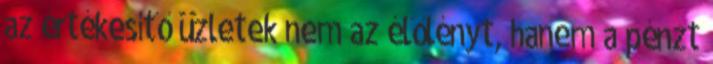
az értékesítő üzletek nem az élőlényt, hanem a pénzt